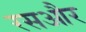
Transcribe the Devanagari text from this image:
रसऔर